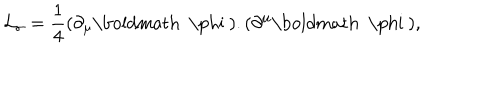
{ \cal L } _ { \sigma } = \frac { 1 } { 4 } ( \partial _ { \mu } \mathrm { \boldmath ~ \ p h i ~ } ) . ( \partial ^ { \mu } \mathrm { \boldmath ~ \ p h i ~ } ) ,